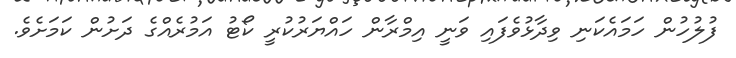
ފުލުހުން ހަމައެކަނި ވިދާޅުވެފައި ވަނީ އިމްރާން ހައްޔަރުކުރީ ކޯޓު އަމުރެއްގެ ދަށުން ކަމަށެވެ.